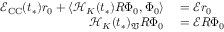
\begin{array} { r l } { \mathcal { E } _ { \mathrm { C C } } ( t _ { * } ) r _ { 0 } + \langle \mathcal { H } _ { K } ( t _ { * } ) R \Phi _ { 0 } , \Phi _ { 0 } \rangle } & { { } = \mathcal { E } r _ { 0 } } \\ { \mathcal { H } _ { K } ( t _ { * } ) _ { \mathfrak { V } } R \Phi _ { 0 } } & { { } = \mathcal { E } R \Phi _ { 0 } } \end{array}